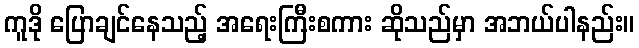
ကူဒို ပြောချင်နေသည့် အရေးကြီးစကား ဆိုသည်မှာ အဘယ်ပါနည်း။